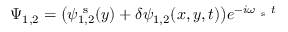
\Psi _ { 1 , 2 } = \bigl ( { \psi } _ { 1 , 2 } ^ { \mathrm { ~ s ~ } } ( y ) + \delta \psi _ { 1 , 2 } ( x , y , t ) \bigr ) e ^ { - i \omega _ { \mathrm { ~ s ~ } } t }